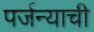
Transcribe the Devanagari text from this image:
पर्जन्याची